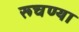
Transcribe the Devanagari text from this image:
रूचण्या